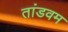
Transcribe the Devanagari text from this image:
तांडवम